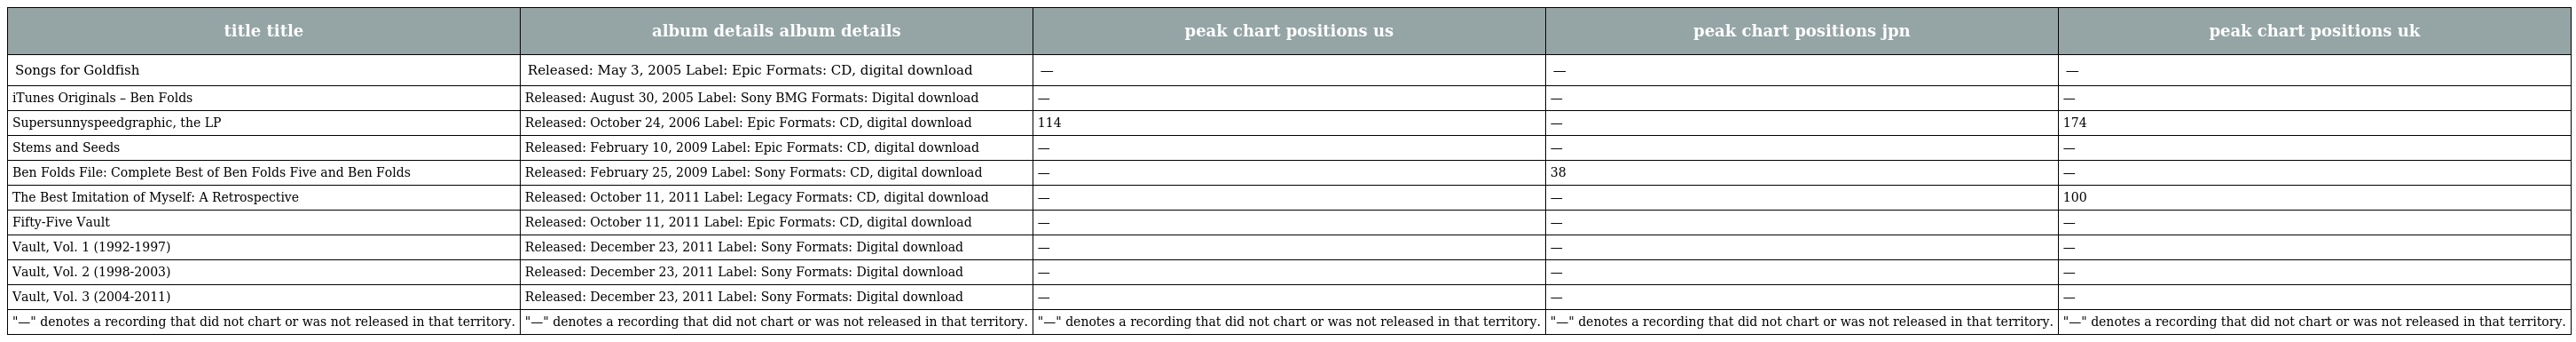
| title title | album details album details | peak chart positions us | peak chart positions jpn | peak chart positions uk |
 | --- | --- | --- | --- | --- |
 | Songs for Goldfish | Released: May 3, 2005 Label: Epic Formats: CD, digital download | — | — | — |
 | iTunes Originals – Ben Folds | Released: August 30, 2005 Label: Sony BMG Formats: Digital download | — | — | — |
 | Supersunnyspeedgraphic, the LP | Released: October 24, 2006 Label: Epic Formats: CD, digital download | 114 | — | 174 |
 | Stems and Seeds | Released: February 10, 2009 Label: Epic Formats: CD, digital download | — | — | — |
 | Ben Folds File: Complete Best of Ben Folds Five and Ben Folds | Released: February 25, 2009 Label: Sony Formats: CD, digital download | — | 38 | — |
 | The Best Imitation of Myself: A Retrospective | Released: October 11, 2011 Label: Legacy Formats: CD, digital download | — | — | 100 |
 | Fifty-Five Vault | Released: October 11, 2011 Label: Epic Formats: CD, digital download | — | — | — |
 | Vault, Vol. 1 (1992-1997) | Released: December 23, 2011 Label: Sony Formats: Digital download | — | — | — |
 | Vault, Vol. 2 (1998-2003) | Released: December 23, 2011 Label: Sony Formats: Digital download | — | — | — |
 | Vault, Vol. 3 (2004-2011) | Released: December 23, 2011 Label: Sony Formats: Digital download | — | — | — |
 | "—" denotes a recording that did not chart or was not released in that territory. | "—" denotes a recording that did not chart or was not released in that territory. | "—" denotes a recording that did not chart or was not released in that territory. | "—" denotes a recording that did not chart or was not released in that territory. | "—" denotes a recording that did not chart or was not released in that territory. |